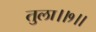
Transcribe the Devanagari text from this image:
तुला।।१।।